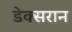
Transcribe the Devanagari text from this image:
डेक्सरान